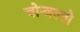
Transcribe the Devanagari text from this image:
चोन्त्रल्तो